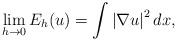
LaTeX: \begin{align*}\lim_{h\to0} E_h(u) = \int \left|\nabla u \right|^2dx,\end{align*}